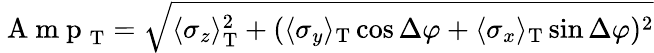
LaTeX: \mathrm{~A~m~p~}_{\mathrm{T}}=\sqrt{\langle\sigma_{z}\rangle_{\mathrm{T}}^{2}+(\langle\sigma_{y}\rangle_{\mathrm{T}}\cos\Delta\varphi+\langle\sigma_{x}\rangle_{\mathrm{T}}\sin\Delta\varphi)^{2}}